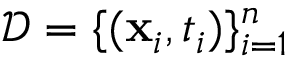
\mathbf { \mathcal { D } } = \{ ( \mathbf { x } _ { i } , t _ { i } ) \} _ { i = 1 } ^ { n }